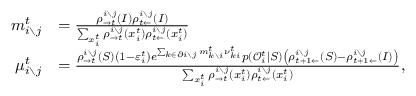
\begin{array} { r l } { m _ { i \setminus j } ^ { t } } & { = \frac { \rho _ { \rightarrow t } ^ { i \setminus j } ( I ) \rho _ { t \leftarrow } ^ { i \setminus j } ( I ) } { \sum _ { x _ { i } ^ { t } } \rho _ { \rightarrow t } ^ { i \setminus j } ( x _ { i } ^ { t } ) \rho _ { t \leftarrow } ^ { i \setminus j } ( x _ { i } ^ { t } ) } } \\ { \mu _ { i \setminus j } ^ { t } } & { = \frac { \rho _ { \rightarrow t } ^ { i \setminus j } ( S ) \left( 1 - \varepsilon _ { i } ^ { t } \right) e ^ { \sum _ { k \in \partial i \setminus j } m _ { k \setminus i } ^ { t } \nu _ { k i } ^ { t } } p ( \mathcal { O } _ { i } ^ { t } | S ) \left( \rho _ { t + 1 \leftarrow } ^ { i \setminus j } ( S ) - \rho _ { t + 1 \leftarrow } ^ { i \setminus j } ( I ) \right) } { \sum _ { x _ { i } ^ { t } } \rho _ { \rightarrow t } ^ { i \setminus j } ( x _ { i } ^ { t } ) \rho _ { t \leftarrow } ^ { i \setminus j } ( x _ { i } ^ { t } ) } , } \end{array}